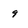
Character: 9